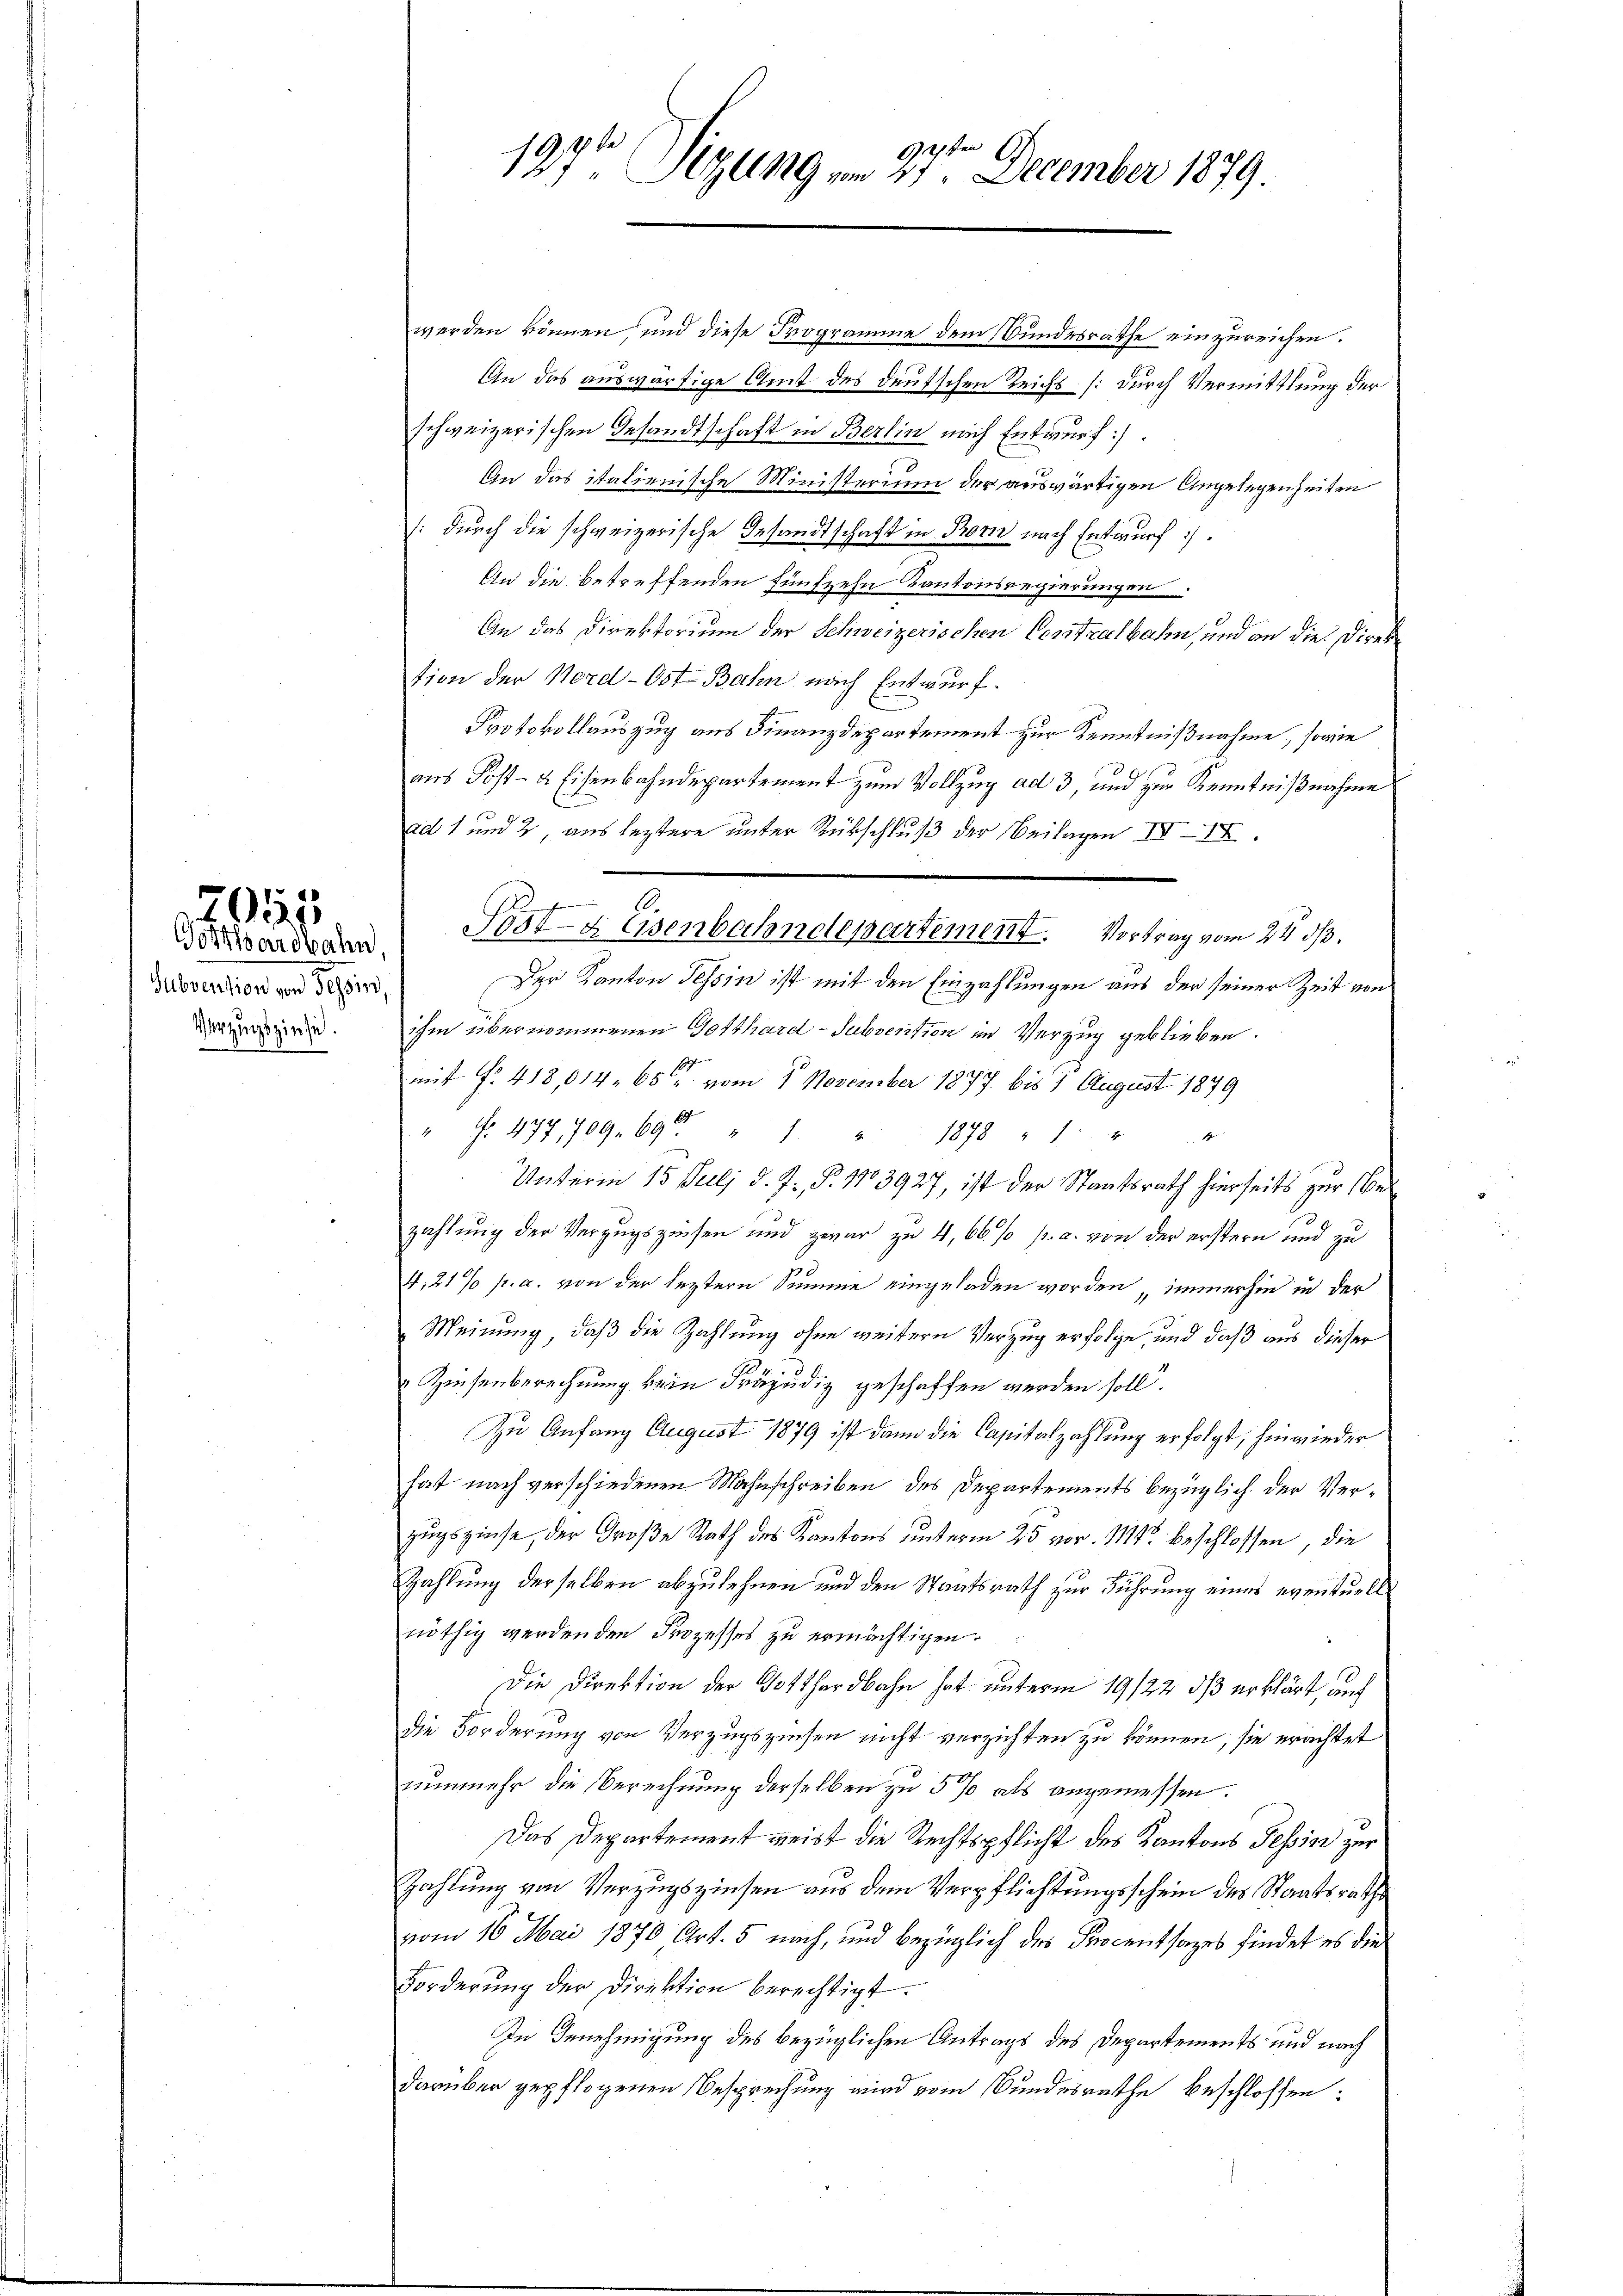
29155
Gotthardbahn

Subernation von Schein
Verzugszinse.

197t Sizung am 27ten December 1879.

werden können, und diese Programme dem Bundesrathe einzureichen.
An das auswärtige Amt des deutschen Reichs (durch Vermittlung der
schweizerischen Gesandtschaft in Berlin nach Entwurf.
An das italienische Ministerium der auswärtigen Angelegenheiten
(durch die schweizerische Gesandtschaft in Born nach Entwurf.
En die betreffenden fünfzehn Kantonsregierungen.
An das Direktorium der Schweizerischen Centralbahn, und an die Direktion der Nord- Ost-Bahn nach Entwurf.
Protokollauszug aus Finanzdepartement zur Kenntnißnahme, sowie
aus Post- & Eisenbahndepartement zum Vollzug ad 3, und zur Kenntnißnahme
ad 1 und 2, aus leztere unter Rückschluß der Beilagen IV IX.
Der Kanton Tessin ist mit den Einzahlungen aus der seiner Zeit von
ihm übernommenen Gotthard-Subvention im Verzug geblieben.
mit No. 418,014. 65 vom 1. November 1877. bis 1 August 1849
" Nr. 477, 709. 690 " 1. " " 1878 " " "
Unterm 15. Juli d. J. P. 1103927, ist der Staatsrath hierseits zur Ver
zahlung der Verzugszinsen und zwar zu 4,66% p. c. von der erstern und zu
4,21% p. a. von der leztern Summe eingeladen worden, immerhin in der
Meinung, daß die Zahlung ohne weitere Verzug erfolge, und daß aus dieser
Zinsenberechnung kein Präjudiz geschaffen werden soll.
Zu Anfang August 1879 ist dann die Capitalzahlung erfolgt, hinwieder
hat nach verschiedenen Wahrschreiben des Departements bezüglich der Verzugszinse, der Große Rath des Kantons unterm 25 vor. Mts. beschlossen, die
Zahlung derselben abzulehnen und den Staatsrath zur Führung eines eventuelle
nöthig werden den Prozesses zu ermächtigen.
Die Direktion der Gotthardbahn hat unterm 19/22. ds erklärt, auf
die Forderung von Verzugszinsen nicht verzichten zu können, sie erachtet
nunmehr die Berechnung derselben zu 5 % als angemessen.
Das Departement weist die Rechtspflicht des Kantons Tessin zur
Zahlung von Verzugszinsen aus dem Verpflichtungsschein des Staatsrathes
vom 16. Mai 1870 Art. 5 nach, und bezüglich des Procentsages findet es die
Forderŭng der Direktion berechtigt.
In Genehmigung des bezüglichen Antrags des Departements und nach
darüber gepflogenen Besprechung wird vom Bundesrathe beschlossen:

Post- & Eisenbahndepartement. Vortrag vom 24. ds.